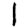
Digit: 1